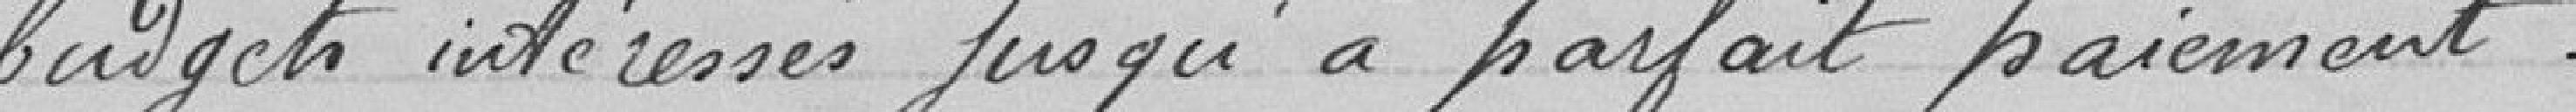
budgets intéressés jusqu'à parfait paiement.